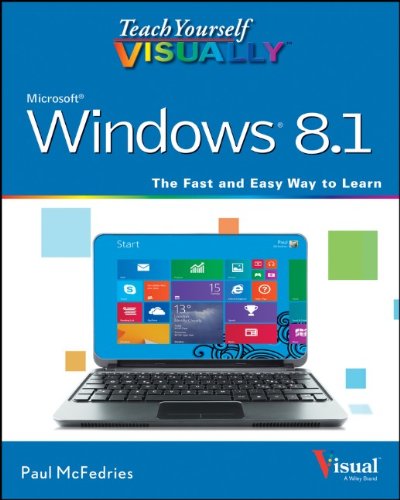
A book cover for Teach Yourself VISUALLY Windows 8.1; Paul McFedries; Computers & Technology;